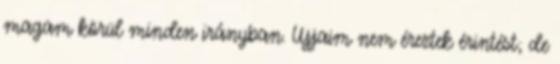
magam körül minden irányban. Ujjaim nem éreztek érintést; de